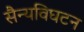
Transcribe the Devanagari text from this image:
सैन्यविघटन